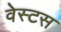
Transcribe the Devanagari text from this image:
वेस्टस